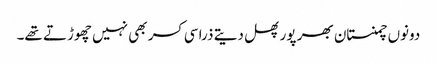
دونوں چمنستان بھر پور پھل دیتے ذرا سی کسر بھی نہیں چھوڑتے تھے۔